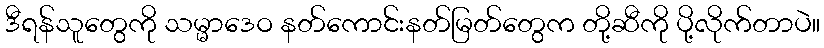
ဒီရန်သူတွေကို သမ္မာဒေဝ နတ်ကောင်းနတ်မြတ်တွေက တို့ဆီကို ပို့လိုက်တာပဲ။